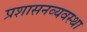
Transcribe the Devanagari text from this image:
प्रशासनव्यवस्था